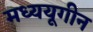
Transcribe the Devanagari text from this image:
मध्ययूगीन